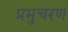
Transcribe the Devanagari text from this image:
प्रभुचरण